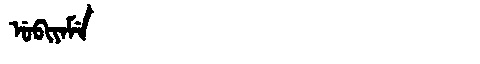
Manchu: ᡠᠪᡳᠶᠠᠮᡝ
Romanization: UBIYAME